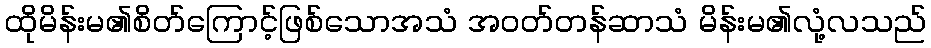
ထိုမိန်းမ၏စိတ်ကြောင့်ဖြစ်သောအသံ အဝတ်တန်ဆာသံ မိန်းမ၏လုံ့လသည်